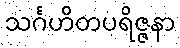
သင်္ဂဟိတပရိဇ္ဇနာ